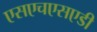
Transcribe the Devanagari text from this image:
एसएचएसएडी